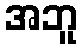
အဘူ